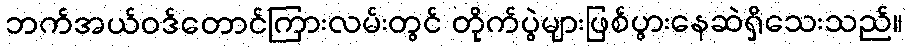
ဘက်အယ်ဝဒ်တောင်ကြားလမ်းတွင် တိုက်ပွဲများဖြစ်ပွားနေဆဲရှိသေးသည်။